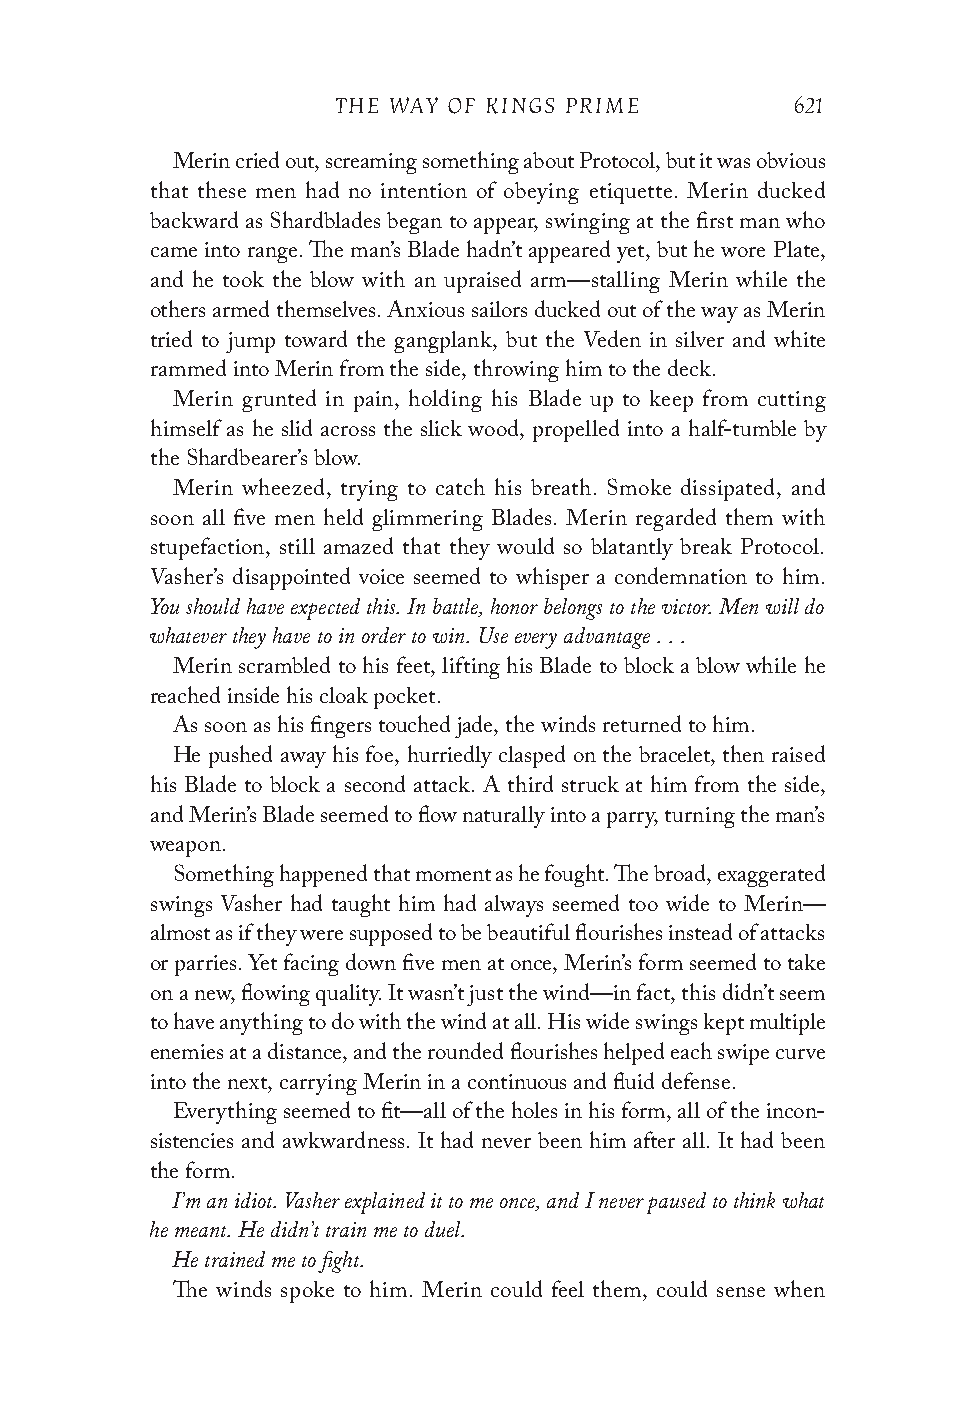
THE WAY OF KINGS PRIME        621
 Merin cried out, screaming something about Protocol, but it was obvious
 that these men had no intention of obeying etiquette. Merin ducked
 backward as Shardblades began to appear, swinging at the first man who
 came into range. The man’s Blade hadn’t appeared yet, but he wore Plate,
 and he took the blow with an upraised arm—stalling Merin while the
 others armed themselves. Anxious sailors ducked out of the way as Merin
 tried to jump toward the gangplank, but the Veden in silver and white
 rammed into Merin from the side, throwing him to the deck.
 Merin grunted in pain, holding his Blade up to keep from cutting
 himself as he slid across the slick wood, propelled into a half-tumble by
 the Shardbearer’s blow.
 Merin wheezed, trying to catch his breath. Smoke dissipated, and
 soon all five men held glimmering Blades. Merin regarded them with
 stupefaction, still amazed that they would so blatantly break Protocol.
 Vasher’s disappointed voice seemed to whisper a condemnation to him.
 You should have expected this. In battle, honor belongs to the victor. Men will do
 whatever they have to in order to win. Use every advantage . . .
 Merin scrambled to his feet, lifting his Blade to block a blow while he
 reached inside his cloak pocket.
 As soon as his fingers touched jade, the winds returned to him.
 He pushed away his foe, hurriedly clasped on the bracelet, then raised
 his Blade to block a second attack. A third struck at him from the side,
 and Merin’s Blade seemed to flow naturally into a parry, turning the man’s
 weapon.
 Something happened that moment as he fought. The broad, exaggerated
 swings Vasher had taught him had always seemed too wide to Merin—
 almost as if they were supposed to be beautiful flourishes instead of attacks
 or parries. Yet facing down five men at once, Merin’s form seemed to take
 on a new, flowing quality. It wasn’t just the wind—in fact, this didn’t seem
 to have anything to do with the wind at all. His wide swings kept multiple
 enemies at a distance, and the rounded flourishes helped each swipe curve
 into the next, carrying Merin in a continuous and fluid defense.
 Everything seemed to fit—all of the holes in his form, all of the incon-
 sistencies and awkwardness. It had never been him after all. It had been
 the form.
 I’m an idiot. Vasher explained it to me once, and I never paused to think what
 he meant. He didn’t train me to duel.
 He trained me to fight.
 The winds spoke to him. Merin could feel them, could sense when